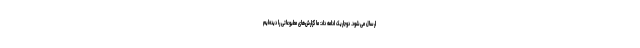
ارسال می‌شود. دوجاریک ادامه داد: ما گزارش‌های مطبوعاتی را دیده‌ایم